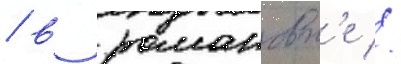
/ в романовк'е //